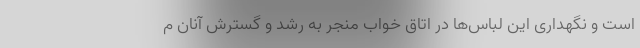
است و نگهداری این لباس‌ها در اتاق خواب منجر به رشد و گسترش آنان م